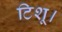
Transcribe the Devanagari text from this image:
टिशू।